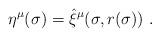
LaTeX: \begin{align*}\eta^\mu (\sigma) = \hat \xi^\mu (\sigma , r(\sigma))\ .\end{align*}